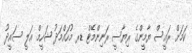
ކަމަށް ރައީސް ޔާމީންގެ ރިޔާސީ ރަނިންމޭޓް ޑރ މުހައްމަދު ޝަހީމް ޢަލީ ސައީދު